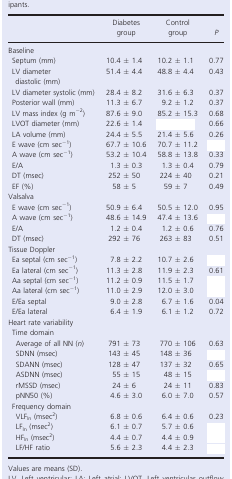
<table><thead><tr><td>[EMPTY_CELL]</td><td><b>Diabetes group</b></td><td><b>Control group</b></td><td><b><i>P</i></b></td></tr></thead><tbody><tr><td colspan="4">Baseline</td></tr><tr><td>Septum (mm)</td><td>10.4 ± 1.4</td><td>10.2 ± 1.1</td><td>0.77</td></tr><tr><td>LV diameter diastolic (mm)</td><td>51.4 ± 4.4</td><td>48.8 ± 4.4</td><td>0.43</td></tr><tr><td>LV diameter systolic (mm)</td><td>28.4 ± 8.2</td><td>31.6 ± 6.3</td><td>0.37</td></tr><tr><td>Posterior wall (mm)</td><td>11.3 ± 6.7</td><td>9.2 ± 1.2</td><td>0.37</td></tr><tr><td>LV mass index (g m<sup>−2</sup>)</td><td>87.6 ± 9.0</td><td>85.2 ± 15.3</td><td>0.68</td></tr><tr><td>LVOT diameter (mm)</td><td>22.6 ± 1.4</td><td>[EMPTY_CELL]</td><td>0.66</td></tr><tr><td>LA volume (mm)</td><td>24.4 ± 5.5</td><td>21.4 ± 5.6</td><td>0.26</td></tr><tr><td>E wave (cm sec<sup>−1</sup>)</td><td>67.7 ± 10.6</td><td>70.7 ± 11.2</td><td>[EMPTY_CELL]</td></tr><tr><td>A wave (cm sec<sup>−1</sup>)</td><td>53.2 ± 10.4</td><td>58.8 ± 13.8</td><td>0.33</td></tr><tr><td>E/A</td><td>1.3 ± 0.3</td><td>1.3 ± 0.4</td><td>0.79</td></tr><tr><td>DT (msec)</td><td>252 ± 50</td><td>224 ± 40</td><td>0.21</td></tr><tr><td>EF (%)</td><td>58 ± 5</td><td>59 ± 7</td><td>0.49</td></tr><tr><td colspan="4">Valsalva</td></tr><tr><td>E wave (cm sec<sup>−1</sup>)</td><td>50.9 ± 6.4</td><td>50.5 ± 12.0</td><td>0.95</td></tr><tr><td>A wave (cm sec<sup>−1</sup>)</td><td>48.6 ± 14.9</td><td>47.4 ± 13.6</td><td>[EMPTY_CELL]</td></tr><tr><td>E/A</td><td>1.2 ± 0.4</td><td>1.2 ± 0.6</td><td>0.76</td></tr><tr><td>DT (msec)</td><td>292 ± 76</td><td>263 ± 83</td><td>0.51</td></tr><tr><td colspan="4">Tissue Doppler</td></tr><tr><td>Ea septal (cm sec<sup>−1</sup>)</td><td>7.8 ± 2.2</td><td>10.7 ± 2.6</td><td>[EMPTY_CELL]</td></tr><tr><td>Ea lateral (cm sec<sup>−1</sup>)</td><td>11.3 ± 2.8</td><td>11.9 ± 2.3</td><td>0.61</td></tr><tr><td>Aa septal (cm sec<sup>−1</sup>)</td><td>11.2 ± 0.9</td><td>11.5 ± 1.7</td><td>[EMPTY_CELL]</td></tr><tr><td>Aa lateral (cm sec<sup>−1</sup>)</td><td>11.0 ± 2.9</td><td>12.0 ± 3.0</td><td>[EMPTY_CELL]</td></tr><tr><td>E/Ea septal</td><td>9.0 ± 2.8</td><td>6.7 ± 1.6</td><td>0.04</td></tr><tr><td>E/Ea lateral</td><td>6.4 ± 1.9</td><td>6.1 ± 1.2</td><td>0.72</td></tr><tr><td colspan="4">Heart rate variability</td></tr><tr><td colspan="4">Time domain</td></tr><tr><td>Average of all NN (<i>n</i>)</td><td>791 ± 73</td><td>770 ± 106</td><td>0.63</td></tr><tr><td>SDNN (msec)</td><td>143 ± 45</td><td>148 ± 36</td><td>[EMPTY_CELL]</td></tr><tr><td>SDANN (msec)</td><td>128 ± 47</td><td>137 ± 32</td><td>0.65</td></tr><tr><td>ASDNN (msec)</td><td>55 ± 15</td><td>48 ± 15</td><td>[EMPTY_CELL]</td></tr><tr><td>rMSSD (msec)</td><td>24 ± 6</td><td>24 ± 11</td><td>0.83</td></tr><tr><td>pNN50 (%)</td><td>4.6 ± 3.0</td><td>6.0 ± 7.0</td><td>0.57</td></tr><tr><td colspan="4">Frequency domain</td></tr><tr><td>VLF<sub>ln</sub> (msec<sup>2</sup>)</td><td>6.8 ± 0.6</td><td>6.4 ± 0.6</td><td>0.23</td></tr><tr><td>LF<sub>ln</sub> (msec<sup>2</sup>)</td><td>6.1 ± 0.7</td><td>5.7 ± 0.6</td><td>[EMPTY_CELL]</td></tr><tr><td>HF<sub>ln</sub> (msec<sup>2</sup>)</td><td>4.4 ± 0.7</td><td>4.4 ± 0.9</td><td>[EMPTY_CELL]</td></tr><tr><td>LF/HF ratio</td><td>5.6 ± 2.3</td><td>4.4 ± 2.3</td><td>[EMPTY_CELL]</td></tr></tbody></table>